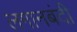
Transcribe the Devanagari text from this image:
लगानबंदी